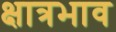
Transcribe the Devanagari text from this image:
क्षात्रभाव